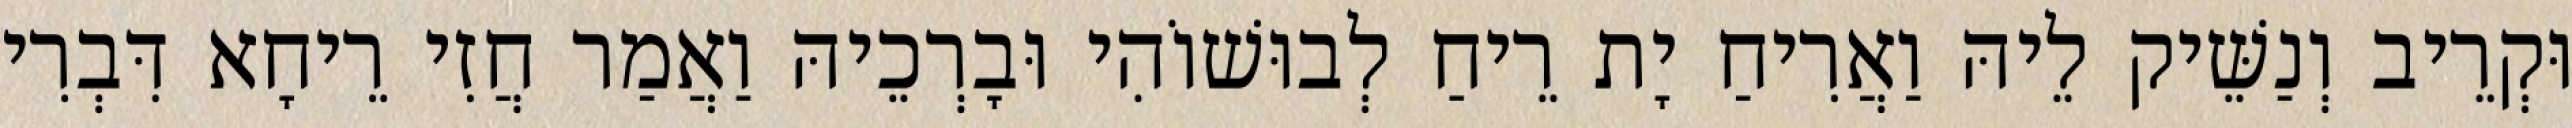
וּקְרֵיב וְנַשֵּׁיק לֵיהּ וַאֲרִיחַ יָת רֵיחַ לְבוּשׁוֹהִי וּבָרְכֵיהּ וַאֲמַר חֲזִי רֵיחָא דִּבְרִי